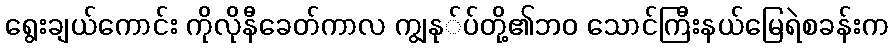
ရွေးချယ်ကောင်း ကိုလိုနီခေတ်ကာလ ကျွနု်ပ်တို့၏ဘ၀ သောင်ကြီးနယ်မြေရဲစခန်းက